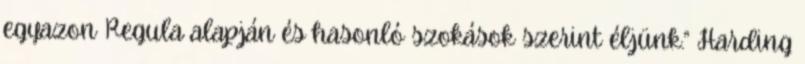
egyazon Regula alapján és hasonló szokások szerint éljünk.” Harding